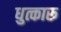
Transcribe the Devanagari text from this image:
धुत्कारू